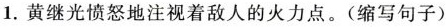
1.黄继光愤怒地注视着敌人的火力点。(缩写句子)